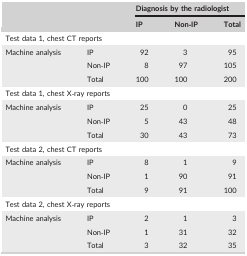
| <COLSPAN=2>  | <COLSPAN=3> Diagnosis by the radiologist |
 | <COLSPAN=2>  | IP | Non‐IP | Total |
 | --- | --- | --- | --- | --- |
 | <COLSPAN=5> Test data 1, chest CT reports |
 | <ROWSPAN=3> Machine analysis | IP | 92 | 3 | 95 |
 | Non‐IP | 8 | 97 | 105 |
 | Total | 100 | 100 | 200 |
 | <COLSPAN=5> Test data 1, chest X‐ray reports |
 | <ROWSPAN=3> Machine analysis | IP | 25 | 0 | 25 |
 | Non‐IP | 5 | 43 | 48 |
 | Total | 30 | 43 | 73 |
 | <COLSPAN=5> Test data 2, chest CT reports |
 | <ROWSPAN=3> Machine analysis | IP | 8 | 1 | 9 |
 | Non‐IP | 1 | 90 | 91 |
 | Total | 9 | 91 | 100 |
 | <COLSPAN=5> Test data 2, chest X‐ray reports |
 | <ROWSPAN=3> Machine analysis | IP | 2 | 1 | 3 |
 | Non‐IP | 1 | 31 | 32 |
 | Total | 3 | 32 | 35 |